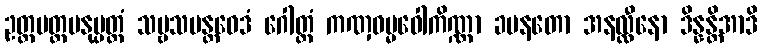
ဥတ္တမတ္ထမနုပ္ပတ္တံ သဗ္ဗသမန္တဝေဒံ ဂေါတ္တံ ကဏှဓမ္မဝေါကိဏ္ဏာ ခမနတော အနလ္လီနော ဒိန္နန္တိအာဒိ